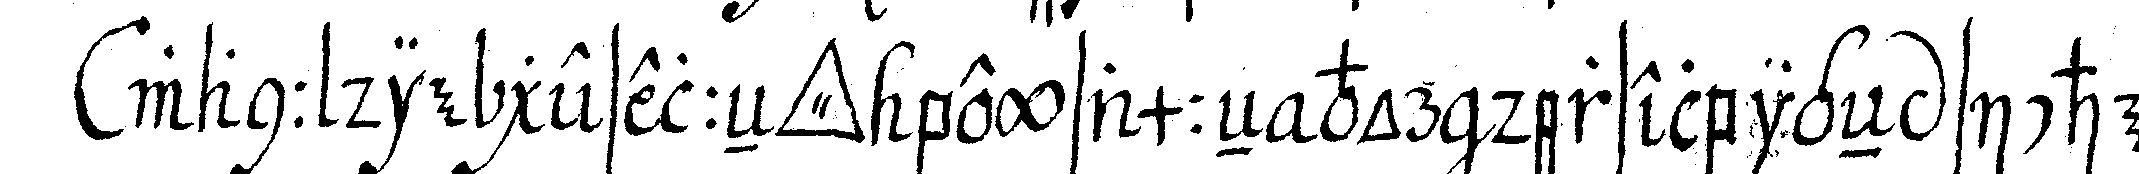
wann die geselleN *tri..* beysammeN vor derselbigeN sicher